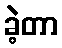
ခဲ့တာ